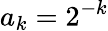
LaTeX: a_{k}=2^{-k}